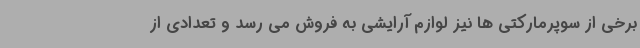
برخی از سوپرمارکتی ها نیز لوازم آرایشی به فروش می رسد و تعدادی از